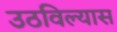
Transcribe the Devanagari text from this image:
उठविल्यास